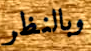
وبالنظر